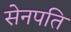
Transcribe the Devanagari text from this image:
सेनपति